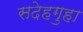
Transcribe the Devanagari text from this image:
सदेहगुहा